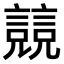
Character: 𧫘